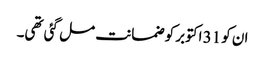
ان کو 31 اکتوبر کو ضمانت مل گئی تھی۔